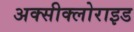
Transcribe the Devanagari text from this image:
अक्‍सीक्‍लोराइड